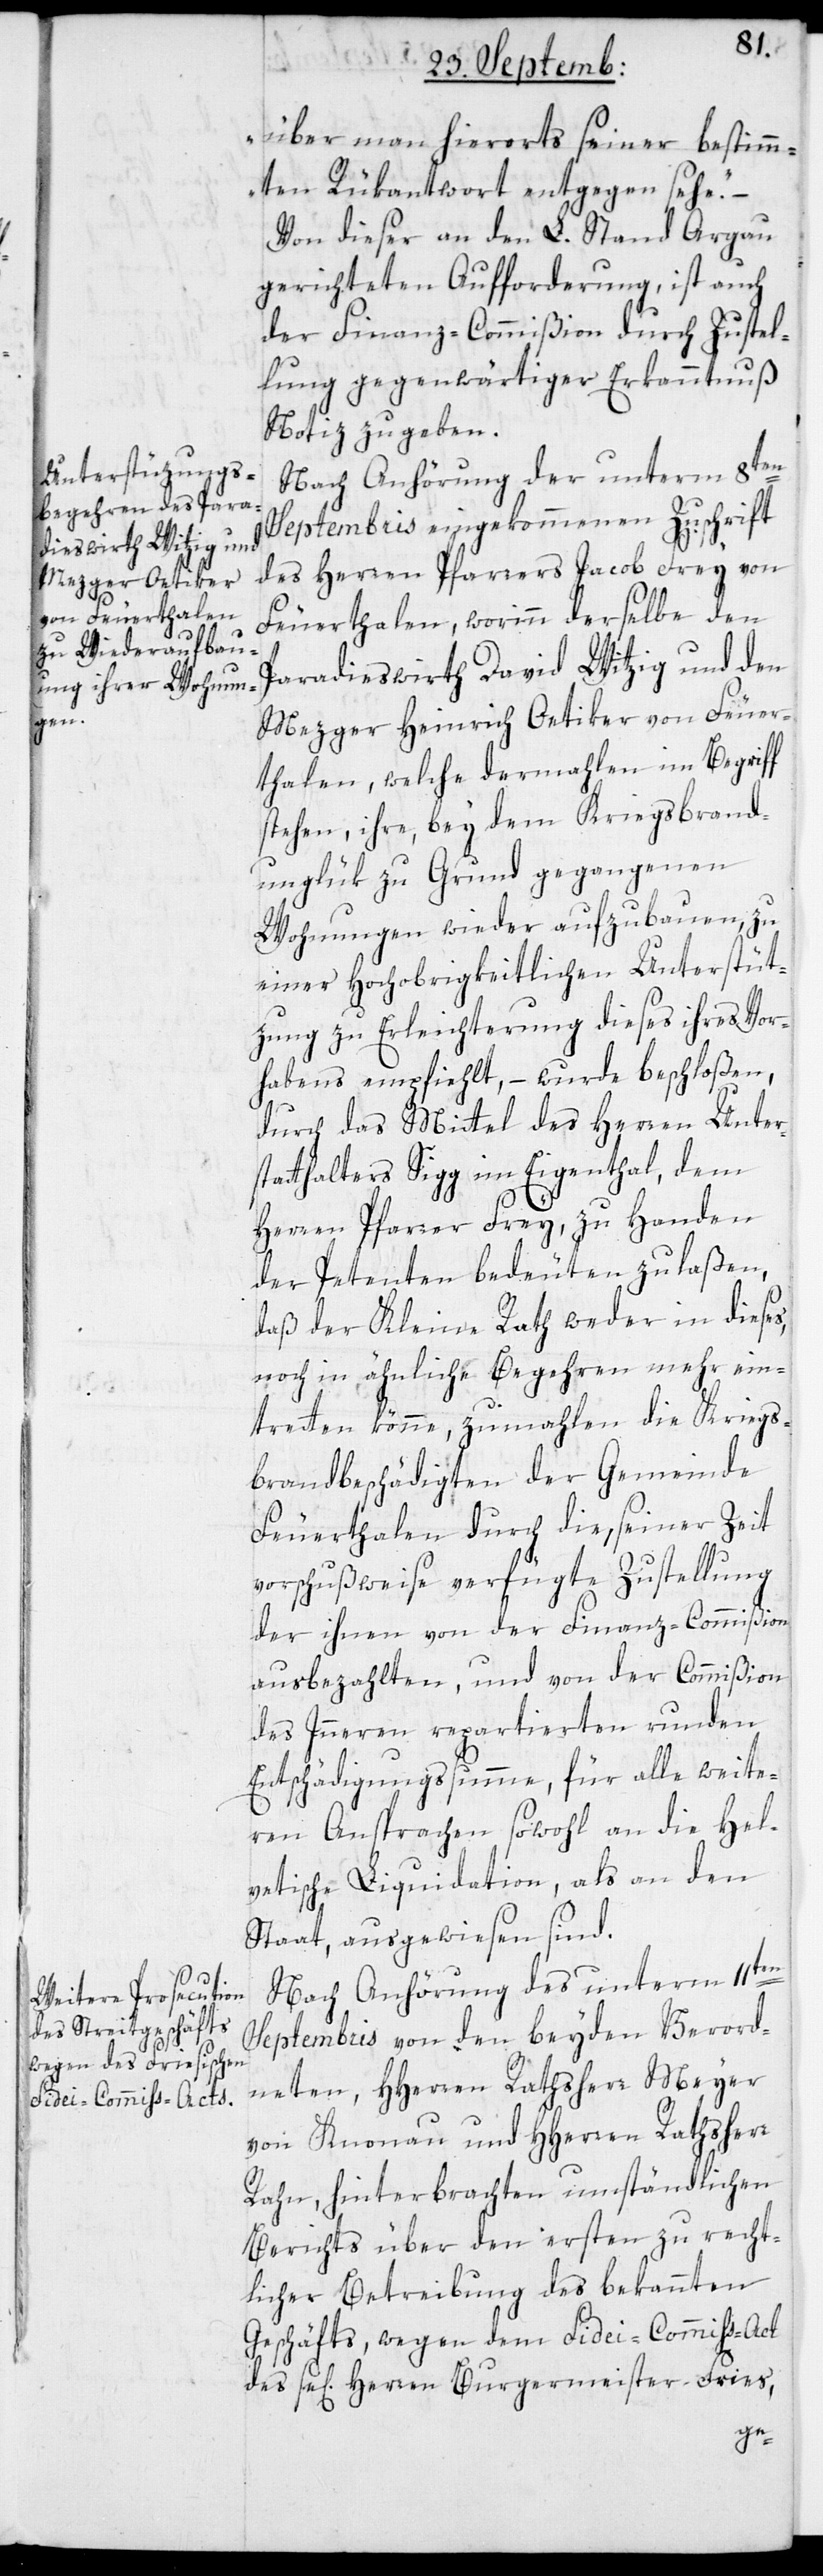
s,
über man hierorts seiner bestimm¬
ten Rükantwort entgegen sehe.“
Von dieser an den L. Stand Argau
gerichteten Aufforderung, ist auch
der Finanz-Commißion durch Zustel¬
lung gegenwärtiger Erkanntnuß
Notiz zu geben.
Nach Anhörung der unterm 8ten
Septembris eingekommenen Zuschrift
des Herren Pfarrers Jacob Frey von
Feuerthalen, worinn derselbe den
Paradieswirth David Witzig und den
Mezger Heinrich Oetiker von Feuer¬
thalen, welche dermahlen im Begriff
stehen, ihre bey dem Kriegsbrand-U¬
nglük zu Grund gegangenen
Wohnungen wieder aufzubauen, zu
einer Hochobrigkeitlichen Unterstüt¬
zung zu Erleichterung dieses ihres Vor¬
habens empfiehlt, – wurde beschloßen,
durch das Mittel des Herren Unter¬
statthalters Sigg im Eigenthal, dem
Herren Pfarrer Frey, zu Handen
der Petenten bedeuten zu laßen,
daß der Kleine Rath weder in diese¬
noch in ähnliche Begehren mehr ein¬
tretten könne, zumahlen die Kriegs¬
brandbeschädigten der Gemeinde
Feuerthalen durch die, seiner Zeit
vorschußweise verfügte Zustellung
der ihnen von der Finanz-Commißion
ausbezahlten, und von der Commißion
des Innern repartierten runden
Entschädigungssumme, für alle weite¬
ren Ansprachen sowohl an die Hel¬
vetische Liquidation, als an den
Staat, ausgewiesen sind.
Nach Anhörung des unterm 11ten
Septembris von den beyden Verord¬
neten, HHerren Rathsherr Meyer
von Knonau und HHerren Rathsherr
Rahn, hinterbrachten umständlichen
Berichts über den ersten zu recht¬
licher Betreibung des bekannten
Geschäfts, wegen dem Fidei-Commiß-Act
des sel[igen] Herren Burgermeister Fries,